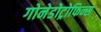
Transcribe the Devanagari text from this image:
गोनेडोट्रोफिन्स